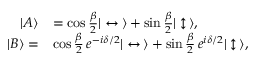
\begin{array} { r l } { | A \rangle } & { = \cos { \frac { \beta } { 2 } } | \leftrightarrow \, \rangle + \sin { \frac { \beta } { 2 } } | \updownarrow \, \rangle , } \\ { | B \rangle = } & { \cos { \frac { \beta } { 2 } } \, e ^ { - i \delta / 2 } | \leftrightarrow \, \rangle + \sin { \frac { \beta } { 2 } } \, e ^ { i \delta / 2 } | \updownarrow \, \rangle , } \end{array}